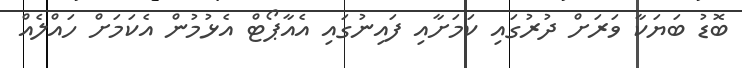
ބޮޑު ބަޔަކާ ވަރަށް ދުރުގައި ކަމަށާއި ފައިނުގައި އެއާޕޯޓް އެޅުމުން އެކަމަށް ހައްލެއް